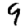
Digit: 9